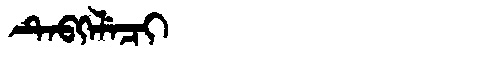
Manchu: ᡨᡝᠪᡴᡝᠯᡝᠴᡳ
Romanization: TEBKELECI